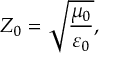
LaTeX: Z _ { 0 } = { \sqrt { \frac { \mu _ { 0 } } { \varepsilon _ { 0 } } } } ,